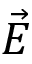
\vec { E }